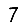
Digit: 7